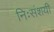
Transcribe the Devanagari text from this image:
निःसंशयी